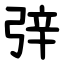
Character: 㢹